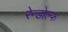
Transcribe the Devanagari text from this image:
रेन्डोल्फ